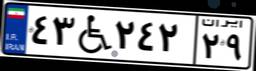
۲۹W۸۶۶۹۸